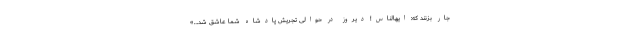
جار بزنند که: ایهالناس! دیروز در حوالی تجریش پادشاه شما عاشق شد…»